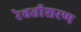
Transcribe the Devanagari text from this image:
रेवतीशरण